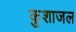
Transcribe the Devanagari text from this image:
कुशाजल